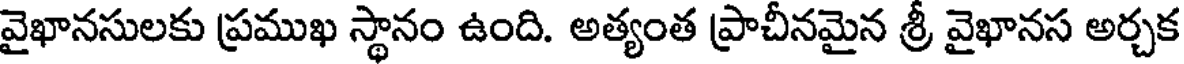
వైఖానసులకు ప్రముఖ స్థానం ఉంది. అత్యంత ప్రాచీనమైన శ్రీ వైఖానస అర్చక